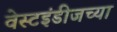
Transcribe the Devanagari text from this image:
वेस्टइंडीजच्या